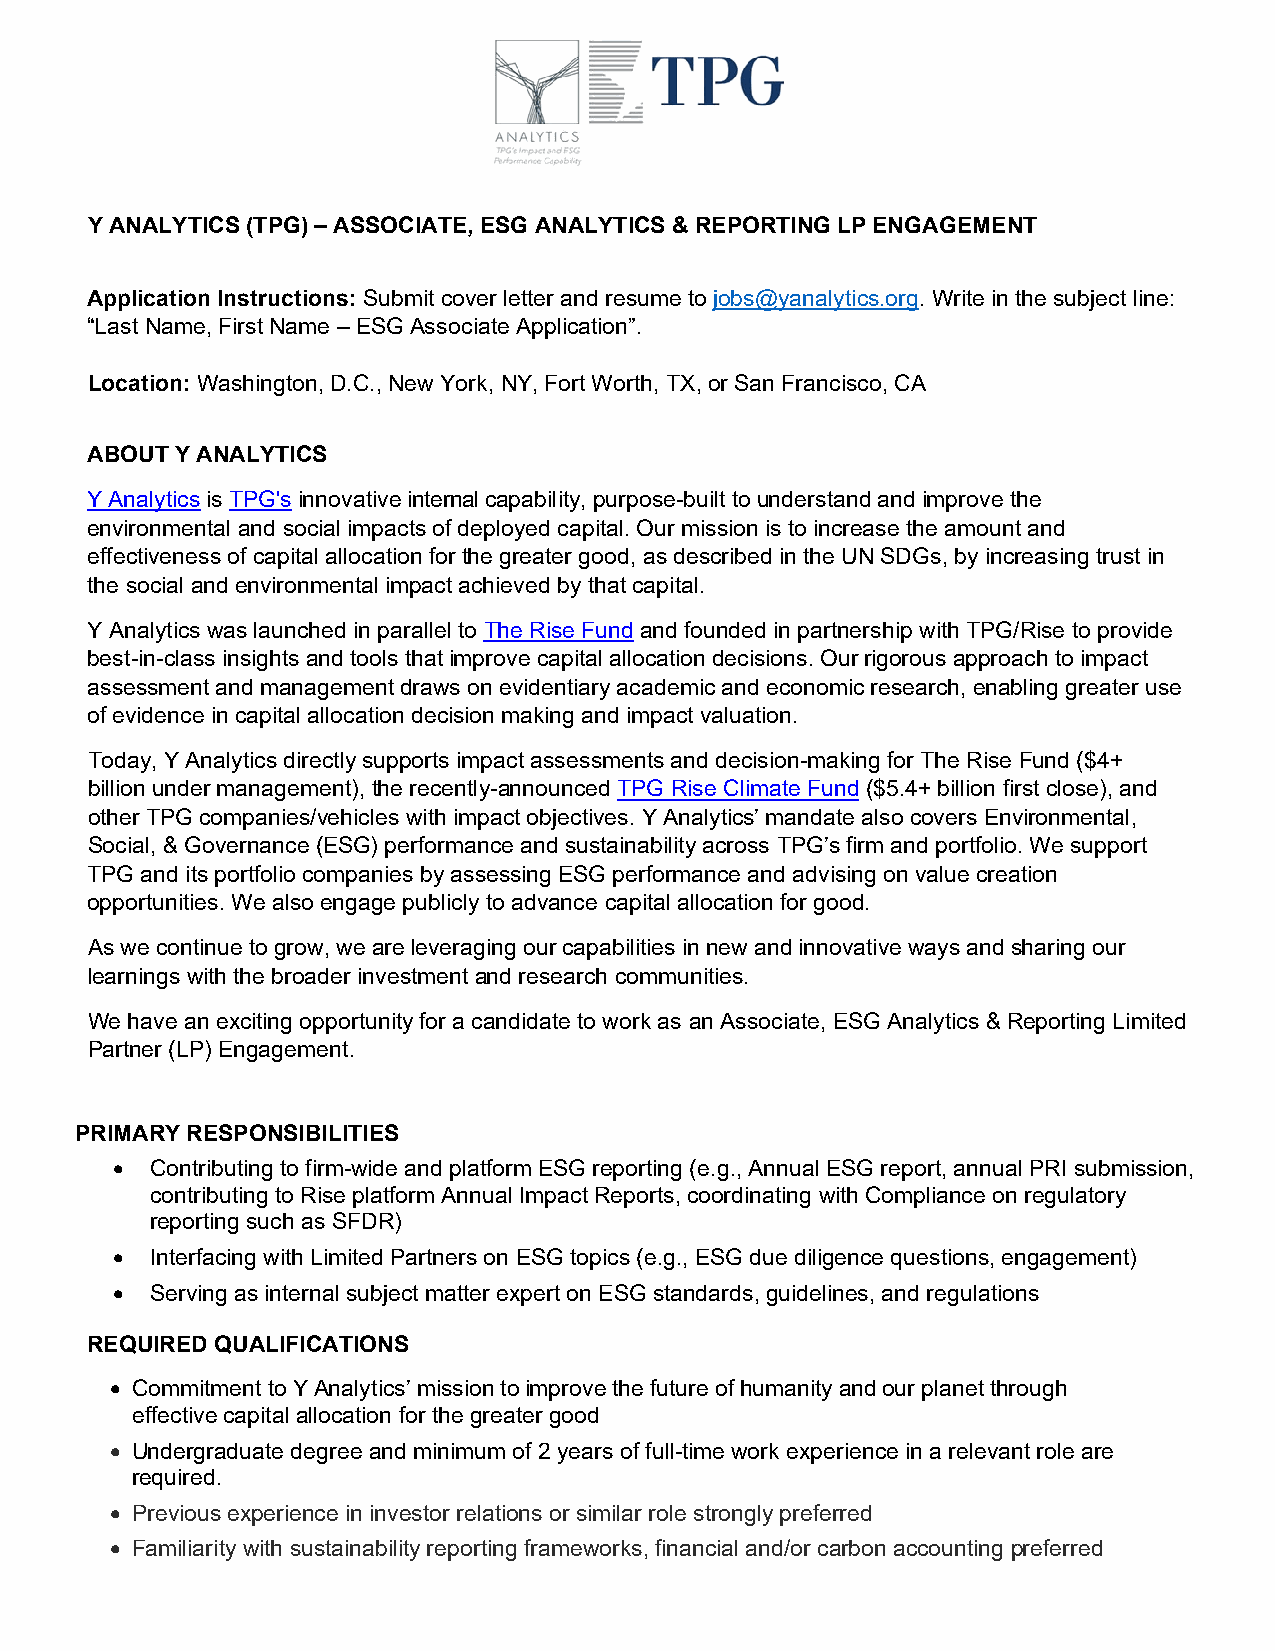
Y ANALYTICS (TPG) – ASSOCIATE, ESG ANALYTICS & REPORTING LP ENGAGEMENT
 Application Instructions: Submit cover letter and resume to jobs@yanalytics.org. Write in the subject line:
 “Last Name, First Name – ESG Associate Application”.
 Location: Washington, D.C., New York, NY, Fort Worth, TX, or San Francisco, CA
 ABOUT Y ANALYTICS
 Y Analytics is TPG's innovative internal capability, purpose-built to understand and improve the
 environmental and social impacts of deployed capital. Our mission is to increase the amount and
 effectiveness of capital allocation for the greater good, as described in the UN SDGs, by increasing trust in
 the social and environmental impact achieved by that capital.
 Y Analytics was launched in parallel to The Rise Fund and founded in partnership with TPG/Rise to provide
 best-in-class insights and tools that improve capital allocation decisions. Our rigorous approach to impact
 assessment and management draws on evidentiary academic and economic research, enabling greater use
 of evidence in capital allocation decision making and impact valuation.
 Today, Y Analytics directly supports impact assessments and decision-making for The Rise Fund ($4+
 billion under management), the recently-announced TPG Rise Climate Fund ($5.4+ billion first close), and
 other TPG companies/vehicles with impact objectives. Y Analytics’ mandate also covers Environmental,
 Social, & Governance (ESG) performance and sustainability across TPG’s firm and portfolio. We support
 TPG and its portfolio companies by assessing ESG performance and advising on value creation
 opportunities. We also engage publicly to advance capital allocation for good.
 As we continue to grow, we are leveraging our capabilities in new and innovative ways and sharing our
 learnings with the broader investment and research communities.
 We have an exciting opportunity for a candidate to work as an Associate, ESG Analytics & Reporting Limited
 Partner (LP) Engagement.
 PRIMARY RESPONSIBILITIES
 •  Contributing to firm-wide and platform ESG reporting (e.g., Annual ESG report, annual PRI submission,
 contributing to Rise platform Annual Impact Reports, coordinating with Compliance on regulatory
 reporting such as SFDR)
 •  Interfacing with Limited Partners on ESG topics (e.g., ESG due diligence questions, engagement)
 •  Serving as internal subject matter expert on ESG standards, guidelines, and regulations
 REQUIRED QUALIFICATIONS
 • Commitment to Y Analytics’ mission to improve the future of humanity and our planet through
 effective capital allocation for the greater good
 • Undergraduate degree and minimum of 2 years of full-time work experience in a relevant role are
 required.
 • Previous experience in investor relations or similar role strongly preferred
 • Familiarity with sustainability reporting frameworks, financial and/or carbon accounting preferred